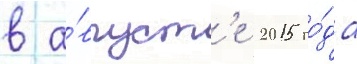
в а́вгуст'е 2015 го́да